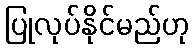
ပြုလုပ်နိုင်မည်ဟု